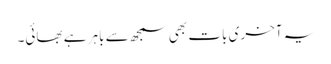
یہ آخری بات بھی سمجھ سے باہر ہے بھائی۔